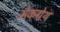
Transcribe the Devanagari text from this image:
मेकग्रेथ